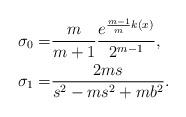
LaTeX: \begin{align*}\sigma_0 =& \frac{m}{m+1}\frac{e^{\frac{m-1}{m}k(x)}}{2^{m-1}},\\\sigma_1 =& \frac{2ms}{s^2 - ms^2 + mb^2}.\end{align*}